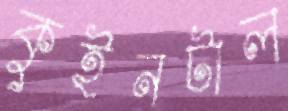
কুইনটাল